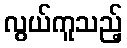
လွယ်ကူသည့်